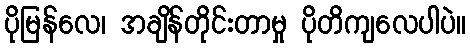
ပိုမြန်လေ၊ အချိန်တိုင်းတာမှု ပိုတိကျလေပါပဲ။